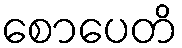
စောပေတိ